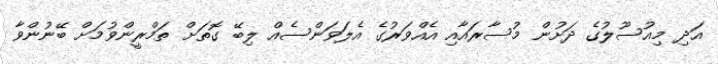
އަދި މިއުސޫލުގެ ދަށުން މުސާރައާއި އެއްވަރުގެ އެލަވަންސެއް ލިބޭ ގޮތަށް ތަމްރީންވުމަށް ބޭނުންވާ